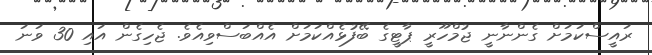
ރައީސްކަމަށް ގެންނާނީ ޖުމްހޫރީ ޕާޓީގެ ބޭފުޅެއްކަމަށް އެއްބަސްވިއެވެ. ޖެހިގެން އައި 30 ވަނަ